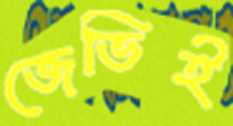
জেভিই